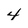
Character: 4